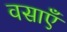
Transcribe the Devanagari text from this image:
वसाएँ